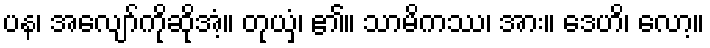
ပန၊ အလျော်ကိုဆိုအံ့။ တုယှံ၊ ၏။ သာမိကဿ၊ အား။ ဒေဟိ၊ လော့။